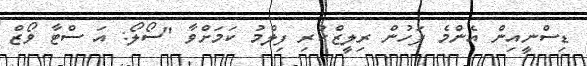
ޑިސްނީއިން އެންމެ ފަހުން ރިލީޒްކުރި ފިލްމު ކަމަށްވާ "ސޯލޯ: އަ ސްޓާ ވޯޒް